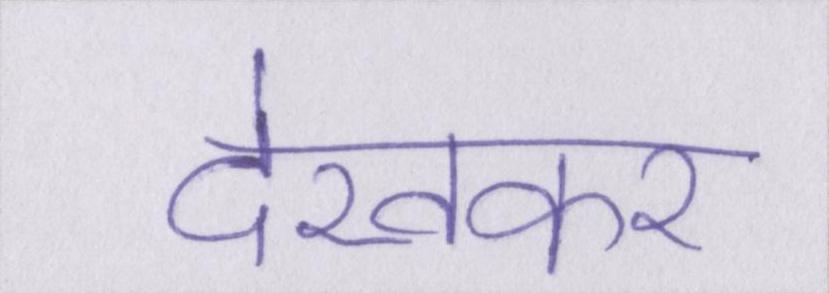
देखकर